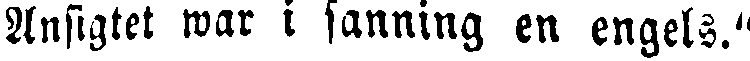
Ansigtet war i sanning en engels."